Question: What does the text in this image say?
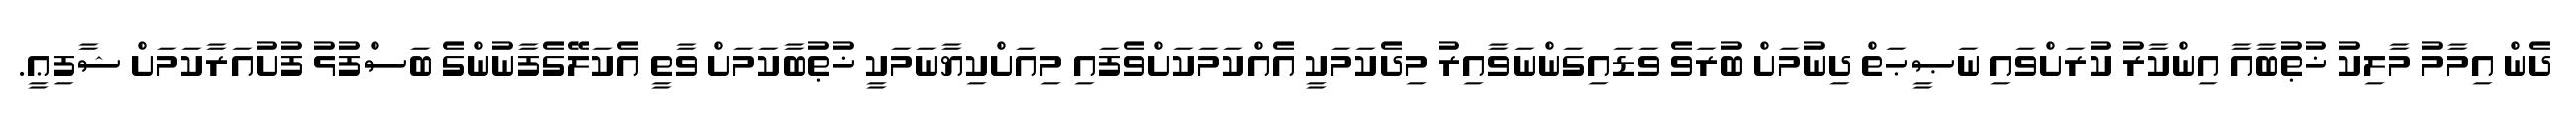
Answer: ދެން އިމާމު މާލިކު ޚުޠުބާއާ އިންކާރު ކުރަށްވައި ނަޞީޙަތް ދިނުމަށް ބުރަވެ ވަޑައިގަންނަވާއިރު މިދެކަމަކީ އެއްކަމަކަށްވެފައި މިއަށްކިޔާނަމަކީ ޚުޠުބާކަމަށް ވާތީ އެކަލޭގެފާނުންގެ ބަސްފުޅު ފުށުއަރާކަމަށް ޝާފިޢީ.